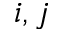
i , j